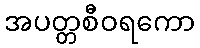
အပတ္တစီဝရကော